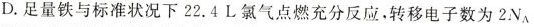
D.足量铁与标准状况下22.4 L氯气点燃充分反应。转移电子数为2 N_{A}